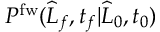
P ^ { \mathrm { f w } } ( \widehat { L } _ { f } , t _ { f } | \widehat { L } _ { 0 } , t _ { 0 } )